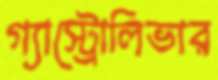
গ্যাস্ট্রোলিভার